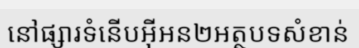
នៅផ្សារទំនើបអ៊ីអន២អត្ថបទសំខាន់